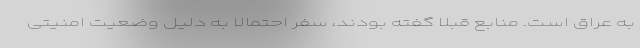
به عراق است. منابع قبلا گفته بودند، سفر احتمالا به دلیل وضعیت امنیتی